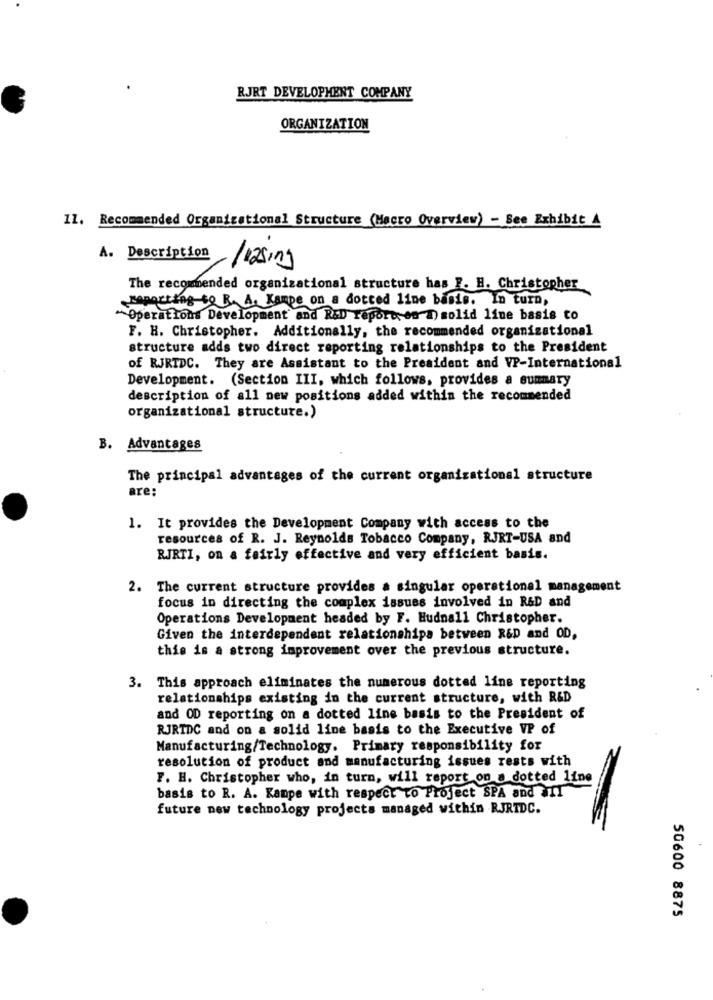
RJRT DEVELOPMENT COMPANY
ORGANIZATION
11. Recommended Organizational Structure (Macro Overview) - See Exhibit A
A. Description/125/19
The recommended organizational structure has F. H. Christopher
reporting to R. A. Kampe on a dotted line basis. In turn,
"Operations Development and R&D report on a) solid line basis to
F. H. Christopher. Additionally, the recommended organizational
structure adds two direct reporting relationships to the President
of RJRTDC. They are Assistant to the President and VP-International
Development. (Section III, which follows, provides a summary
description of all new positions added within the recommended
organizational structure.)
B. Advantages
The principal advantages of the current organizational structure
are:
1. It provides the Development Company with access to the
resources of R. J. Reynolds Tobacco Company, RJRT-USA and
RJRTI, on a fairly effective and very efficient basis.
2. The current structure provides a singular operational management
focus in directing the complex issues involved in R&D and
Operations Development headed by F. Hudnall Christopher.
Given the interdependent relationships between R&D and OD,
this is a strong improvement over the previous structure.
3. This approach eliminates the numerous dotted line reporting
relationships existing in the current structure, with R&D
and OD reporting on a dotted line basis to the President of
RJRTDC and on a solid line basis to the Executive VP of
Manufacturing/Technology. Primary responsibility for
resolution of product and manufacturing issues rests with
F. H. Christopher who, in turn, will report on a dotted line
basis to R. A. Kampe with respect to Project SPA and MIT
future new technology projects managed within RJRTDC.
50600 8875